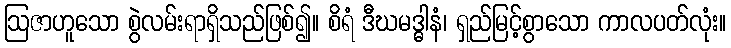
ဩဇာဟူသော စွဲလမ်းရာရှိသည်ဖြစ်၍။ စိရံ ဒီဃမဒ္ဓါနံ၊ ရှည်မြင့်စွာသော ကာလပတ်လုံး။